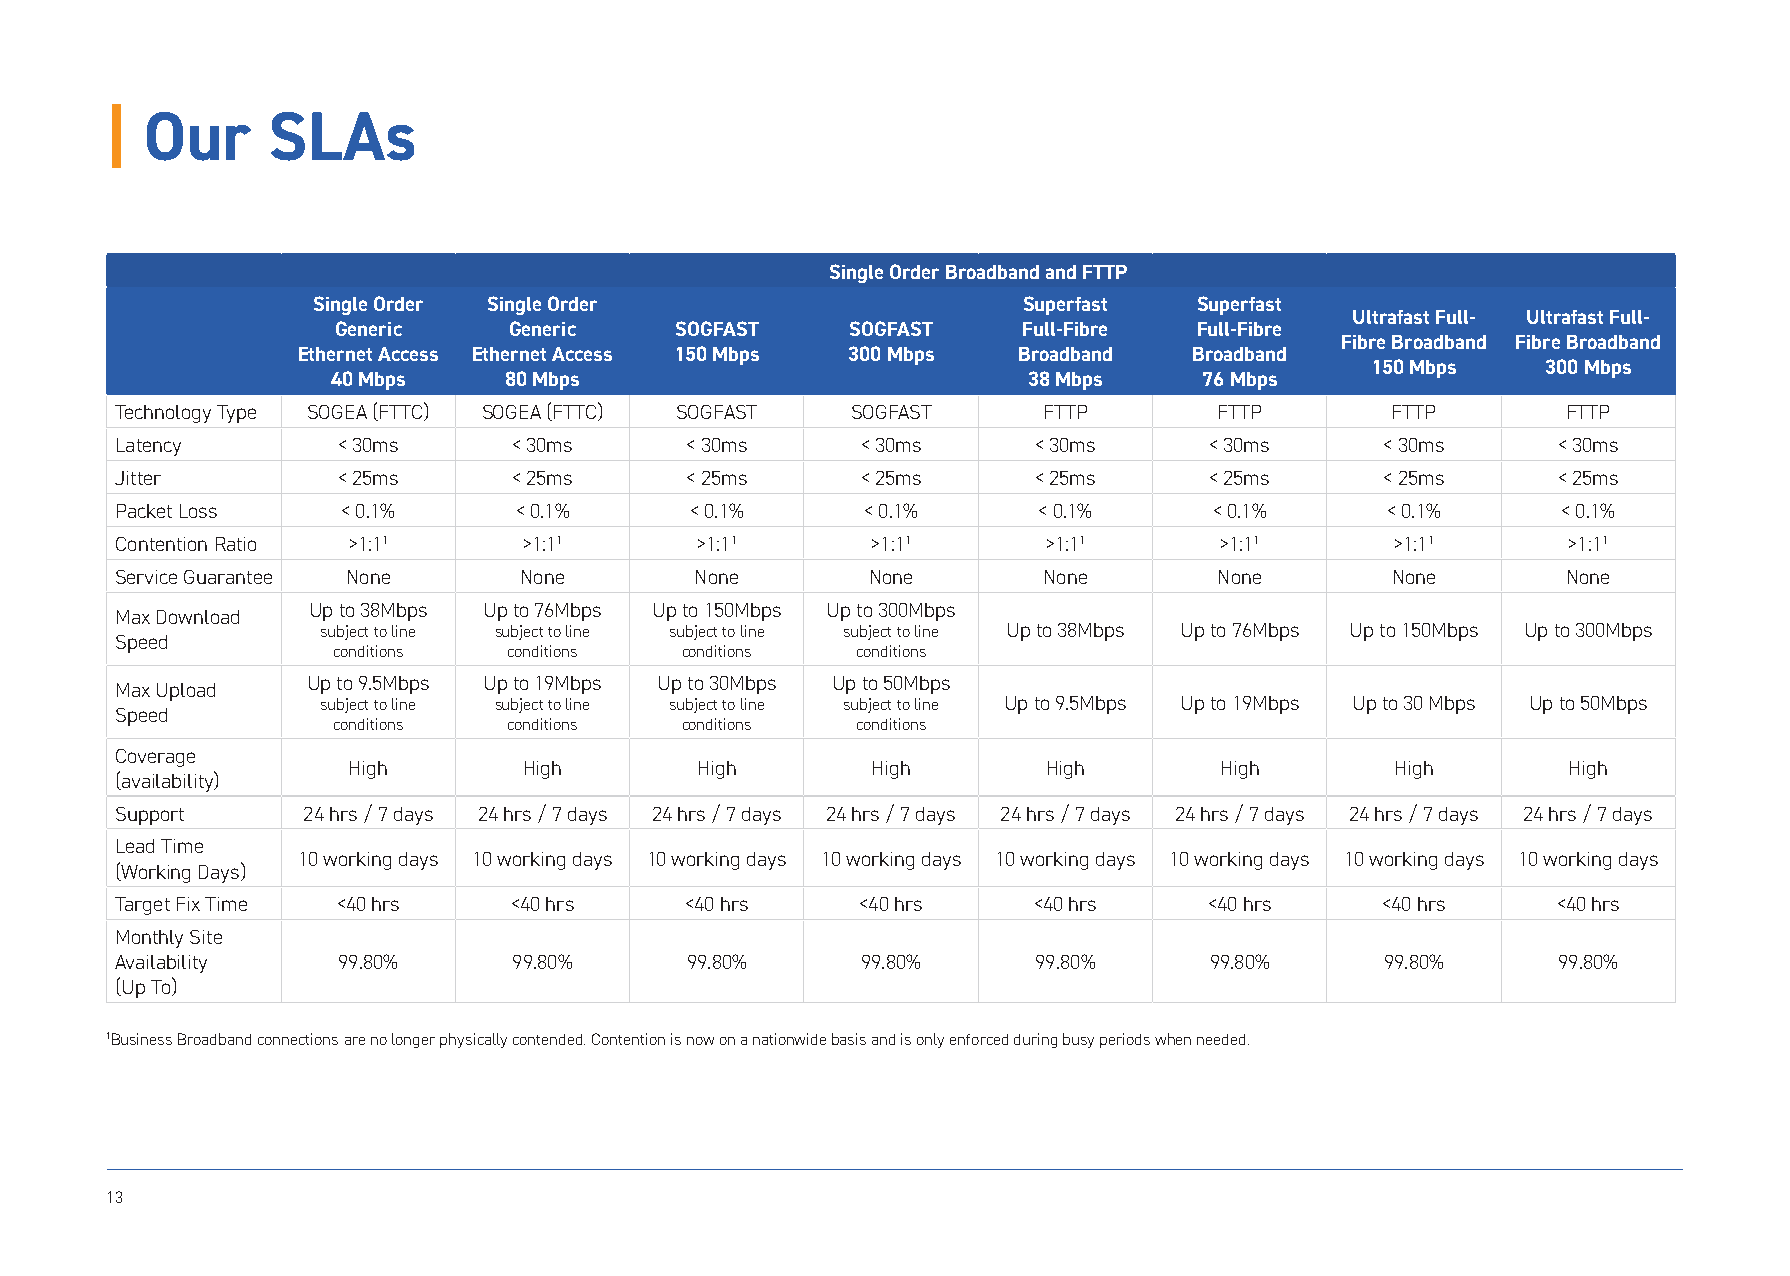
| Our      SLAs
 Single Order Broadband and FTTP
 Single Order Single Order                      Superfast  Superfast
 Ultrafast Full- Ultrafast Full-
 Generic     Generic    SOGFAST    SOGFAST     Full-Fibre Full-Fibre
 Fibre Broadband Fibre Broadband
 Ethernet Access Ethernet Access 150 Mbps 300 Mbps Broadband Broadband
 150 Mbps   300 Mbps
 40 Mbps    80 Mbps                            38 Mbps     76 Mbps
 Technology Type SOGEA (FTTC) SOGEA (FTTC) SOGFAST SOGFAST    FTTP        FTTP       FTTP        FTTP
 Latency       < 30ms      < 30ms     < 30ms      < 30ms     < 30ms      < 30ms      < 30ms     < 30ms
 Jitter        < 25ms      < 25ms     < 25ms      < 25ms     < 25ms      < 25ms      < 25ms     < 25ms
 Packet Loss    < 0.1%     < 0.1%      < 0.1%     < 0.1%      < 0.1%     < 0.1%      < 0.1%     < 0.1%
 Contention Ratio >1:11     >1:11      >1:11       >1:11      >1:11       >1:11      >1:11       >1:11
 Service Guarantee None    None        None       None        None        None       None        None
 Up to 38Mbps Up to 76Mbps Up to 150Mbps Up to 300Mbps
 Max Download
 subject to line subject to line subject to line subject to line Up to 38Mbps Up to 76Mbps Up to 150Mbps Up to 300Mbps
 Speed
 conditions  conditions conditions  conditions
 Up to 9.5Mbps Up to 19Mbps Up to 30Mbps Up to 50Mbps
 Max Upload
 subject to line subject to line subject to line subject to line Up to 9.5Mbps Up to 19Mbps Up to 30 Mbps Up to 50Mbps
 Speed
 conditions  conditions conditions  conditions
 Coverage
 High        High       High        High       High        High       High        High
 (availability)
 Support     24 hrs / 7 days 24 hrs / 7 days 24 hrs / 7 days 24 hrs / 7 days 24 hrs / 7 days 24 hrs / 7 days 24 hrs / 7 days 24 hrs / 7 days
 Lead Time
 10 working days 10 working days 10 working days 10 working days 10 working days 10 working days 10 working days 10 working days
 (Working Days)
 Target Fix Time <40 hrs   <40 hrs    <40 hrs     <40 hrs    <40 hrs     <40 hrs    <40 hrs     <40 hrs
 Monthly Site
 Availability  99.80%      99.80%     99.80%      99.80%      99.80%     99.80%      99.80%     99.80%
 (Up To)
 1Business Broadband connections are no longer physically contended. Contention is now on a nationwide basis and is only enforced during busy periods when needed.
 13